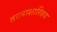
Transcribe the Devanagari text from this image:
तरलाशास्त्रिय